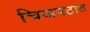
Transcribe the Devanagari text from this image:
चिञपटात